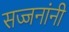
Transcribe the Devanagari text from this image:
सज्जनांनी